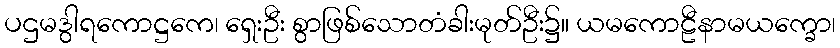
ပဌမဒွါရကောဋ္ဌကေ၊ ရှေးဦး စွာဖြစ်သောတံခါးမုတ်ဦး၌။ ယမကောဠီနာမယက္ခော၊